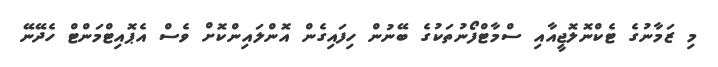
މި ޒަމާނުގެ ޓެކްނޮލޮޖީއާއި ސްމާޓްފޯނުތަކުގެ ބޭނުން ހިފައިގެން އޮންލައިންކޮށް ވެސް އެޕޮއިޓްމަންޓް ހެދޭނޭ